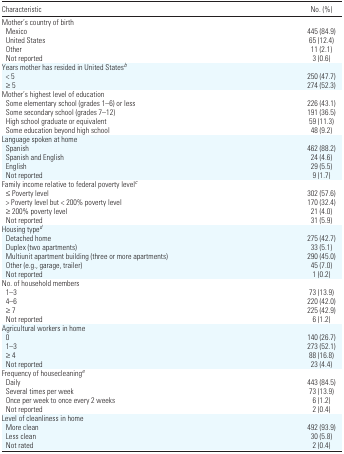
| Characteristic | No. (%) |
 | --- | --- |
 | <COLSPAN=2> Mother’s country of birth |
 | Mexico | 445 (84.9) |
 | United States | 65 (12.4) |
 | Other | 11 (2.1) |
 | Not reported | 3 (0.6) |
 | <COLSPAN=2> Years mother has resided in United Statesb |
 | < 5 | 250 (47.7) |
 | ≥5 | 274 (52.3) |
 | <COLSPAN=2> Mother’s highest level of education |
 | Some elementary school (grades 1–6) or less | 226 (43.1) |
 | Some secondary school (grades 7–12) | 191 (36.5) |
 | High school graduate or equivalent | 59 (11.3) |
 | Some education beyond high school | 48 (9.2) |
 | <COLSPAN=2> Language spoken at home |
 | Spanish | 462 (88.2) |
 | Spanish and English | 24 (4.6) |
 | English | 29 (5.5) |
 | Not reported | 9 (1.7) |
 | <COLSPAN=2> Family income relative to federal poverty levelc |
 | ≤Poverty level | 302 (57.6) |
 | > Poverty level but < 200% poverty level | 170 (32.4) |
 | ≥200% poverty level | 21 (4.0) |
 | Not reported | 31 (5.9) |
 | <COLSPAN=2> Housing typed |
 | Detached home | 275 (42.7) |
 | Duplex (two apartments) | 33 (5.1) |
 | Multiunit apartment building (three or more apartments) | 290 (45.0) |
 | Other (e.g., garage, trailer) | 45 (7.0) |
 | Not reported | 1 (0.2) |
 | <COLSPAN=2> No. of household members |
 | 1–3 | 73 (13.9) |
 | 4–6 | 220 (42.0) |
 | ≥7 | 225 (42.9) |
 | Not reported | 6 (1.2) |
 | <COLSPAN=2> Agricultural workers in home |
 | 0 | 140 (26.7) |
 | 1–3 | 273 (52.1) |
 | ≥4 | 88 (16.8) |
 | Not reported | 23 (4.4) |
 | <COLSPAN=2> Frequency of housecleaninge |
 | Daily | 443 (84.5) |
 | Several times per week | 73 (13.9) |
 | Once per week to once every 2 weeks | 6 (1.2) |
 | Not reported | 2 (0.4) |
 | <COLSPAN=2> Level of cleanliness in home |
 | More clean | 492 (93.9) |
 | Less clean | 30 (5.8) |
 | Not rated | 2 (0.4) |